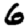
Digit: 6